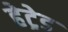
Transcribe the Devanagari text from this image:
हेट्रेड